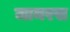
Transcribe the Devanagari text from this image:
जायरस